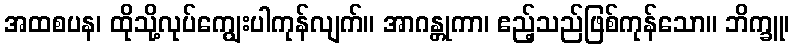
အထစပန၊ ထိုသို့လုပ်ကျွေးပါကုန်လျက်။ အာဂန္တုကာ၊ ဧည့်သည်ဖြစ်ကုန်သော။ ဘိက္ခူ၊